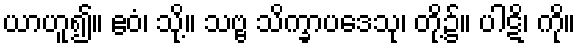
ယာဟူ၍။ ဧဝံ၊ သို့။ သဗ္ဗ သိက္ခာပဒေသု၊ တို့၌။ ပါဋိ၊ ကို။